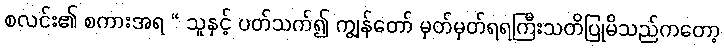
စလင်း၏ စကားအရ “ သူနှင့် ပတ်သက်၍ ကျွန်တော် မှတ်မှတ်ရရကြီးသတိပြုမိသည်ကတော့